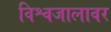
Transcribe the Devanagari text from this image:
विश्वजालावर